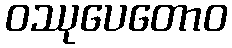
ဝဿုပေတောဝ